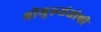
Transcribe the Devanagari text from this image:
श्रीगुरुसंतोषी